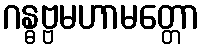
ဂန္ဓဗ္ဗမဟာမတ္တော